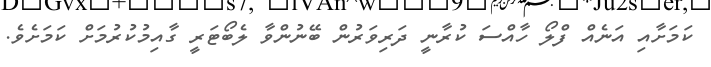
ކަމަށާއި އަނެއް ފްލޯ ހާއްސަ ކުރާނީ ދަރިވަރުން ބޭނުންވާ ލެބޯޓަރީ ގާއިމުކުރުމަށް ކަމަށެވެ.